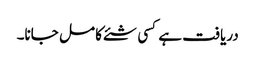
دریافت ہے کسی شئے کا مل جانا۔